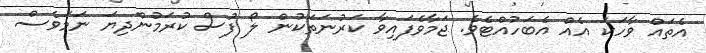
އެތައް ވާހަކަ އެއް އެބަހުއްޓެވެ. ޖަމާވެފައިވާ ކަރުނަަތަކުން ލޯ ފުސް ކުރަމުންދިޔަ ނަމަވެސް